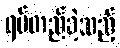
ရပ်တည်ခဲ့သည့်